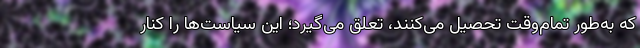
که به‌طور تمام‌وقت تحصیل می‌کنند، تعلق می‌گیرد؛ این سیاست‌ها را کنار